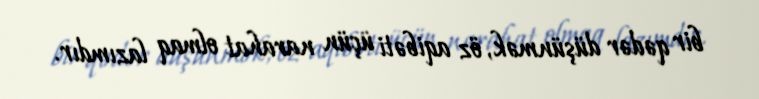
bir qədər düşünmək, öz aqibəti üçün narahat olmaq lazımdır.